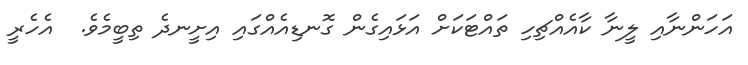
އަހަންނާއި ލީނާ ކާއެއްޗިހި ތައްޓަކަށް އަޅައިގެން ގޮނޑިއެއްގައި އިށީނދެ ތިބީމެވެ.  އެހެރީ